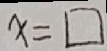
x = \square